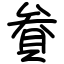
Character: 貵